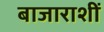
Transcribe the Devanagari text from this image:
बाजाराशीं